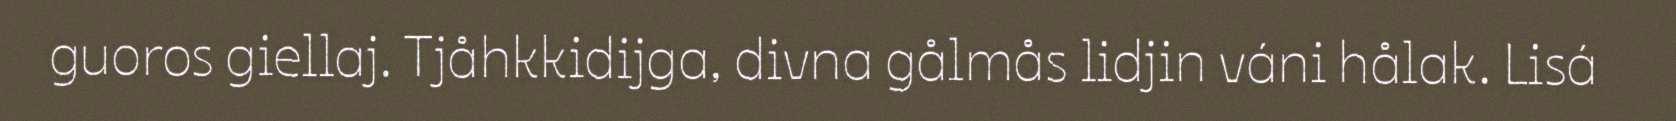
guoros giellaj. Tjåhkkidijga, divna gålmås lidjin váni hålak. Lisá